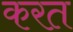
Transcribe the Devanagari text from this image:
करत